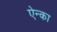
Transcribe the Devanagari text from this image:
ऐन्का